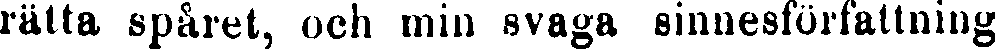
rätta spåret, uob min svaga sinnesförfattning